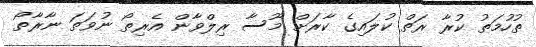
ތުހުމަތު ކުރާ ރަތް ކުލައިގެ ކާރަށް މޫސާ ރިލްވާން އެރިތޯ ނުވަތަ ނާރާތޯ